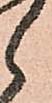
郎